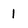
Character: 1